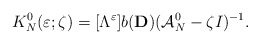
\begin{align*}K_N^0(\varepsilon ;\zeta)=[\Lambda ^\varepsilon ]b(\mathbf{D})(\mathcal{A}_N^0-\zeta I)^{-1}.\end{align*}